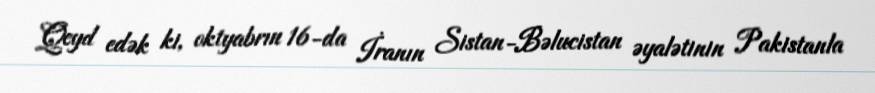
Qeyd edək ki, oktyabrın 16-da İranın Sistan-Bəlucistan əyalətinin Pakistanla